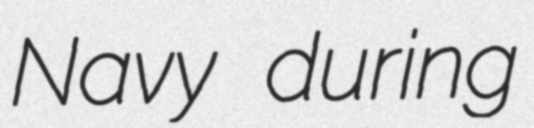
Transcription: Navy during